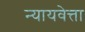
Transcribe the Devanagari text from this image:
न्यायवेत्ता